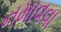
નમાવવા